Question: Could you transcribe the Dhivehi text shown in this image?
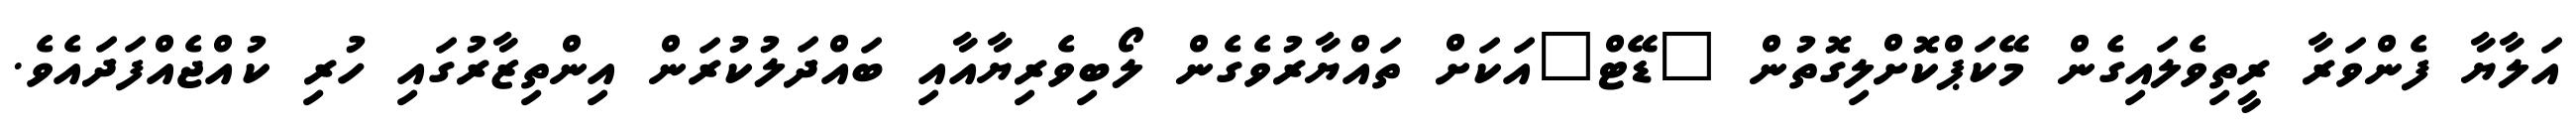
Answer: އަލާޔާ ފެންވަރާ ރީތިވެލައިގެން މޭކަޕްކޮށްލިގޮތުން "ޑޭޓް"އަކަށް ތައްޔާރުވެގެން ލޯބިވެރިޔާއާއި ބައްދަލުކުރަން އިންތިޒާރުގައި ހުރި ކުއްޖެއްފަދައެވެ.